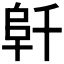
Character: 𱀁